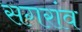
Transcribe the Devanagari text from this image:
सगरांव